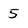
Character: 5